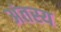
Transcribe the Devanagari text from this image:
अंतस्य